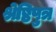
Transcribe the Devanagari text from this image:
श्रेष्ठिपुत्र